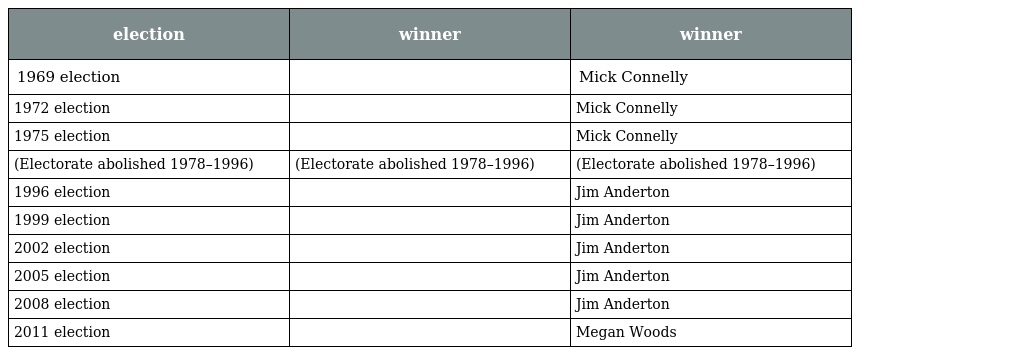
| election | winner | winner |
 | --- | --- | --- |
 | 1969 election |  | Mick Connelly |
 | 1972 election |  | Mick Connelly |
 | 1975 election |  | Mick Connelly |
 | (Electorate abolished 1978–1996) | (Electorate abolished 1978–1996) | (Electorate abolished 1978–1996) |
 | 1996 election |  | Jim Anderton |
 | 1999 election |  | Jim Anderton |
 | 2002 election |  | Jim Anderton |
 | 2005 election |  | Jim Anderton |
 | 2008 election |  | Jim Anderton |
 | 2011 election |  | Megan Woods |